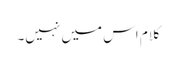
کلام اس میں نہیں۔